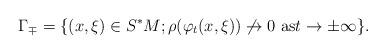
LaTeX: \begin{align*}\Gamma_\mp=\{ (x,\xi)\in S^*M; \rho(\varphi_t(x,\xi))\not\to 0 \textrm{ as}t\to \pm \infty\}.\end{align*}